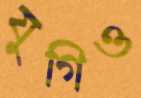
যুগিও